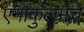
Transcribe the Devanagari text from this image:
एर्नाकुलमचे